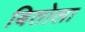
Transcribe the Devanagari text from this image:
बितोला